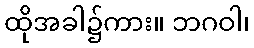
ထိုအခါ၌ကား။ ဘဂဝါ၊